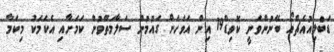
ޑަބްލިއުއެޗްއޯ ބޭނުންވަނީ ކޮވިޑް19 އިން އަވަހަށް ގައުމުން ސަލާމަތްވުން ކަމަށާއި އެކަމަކު މިކަމާ